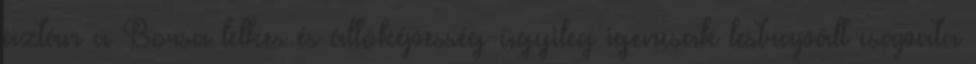
aztán a Borsa lelkes és állóképesség-ügyileg igencsak lestrapált csapata